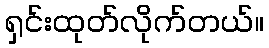
ရှင်းထုတ်လိုက်တယ်။